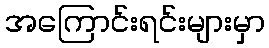
အကြောင်းရင်းများမှာ